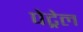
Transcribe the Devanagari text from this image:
पेट्रेल